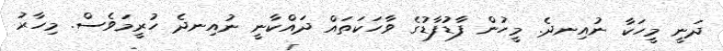
ދަނީ މީހަކާ ނުއިނދެ. މީހުން ފާޑުފާޑުގެ ވާހަކަތައް ދައްކާނީ ނުއިނދެ ހުރީމަވެސް. މިހާރު